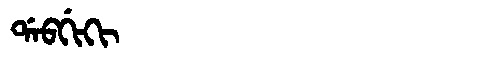
Manchu: ᡩᠠᠪᡤᡳᡴᡳ
Romanization: DABGIKI